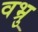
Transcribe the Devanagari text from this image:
वभ्रु